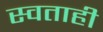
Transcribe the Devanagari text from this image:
स्वताही